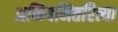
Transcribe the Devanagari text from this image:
अनियमितरित्या